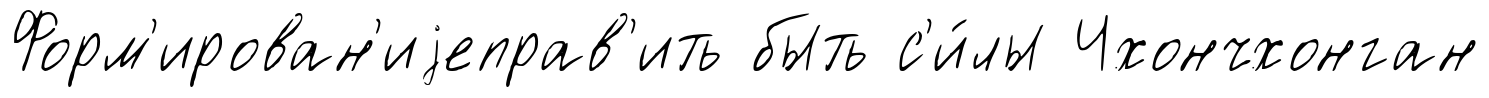
Форм'ирован'иjеправ'ить быть с'и́лы Чхончхонган